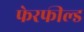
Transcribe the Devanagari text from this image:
फेरफील्ड